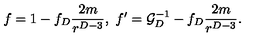
f = 1 - f _ { D } { \frac { 2 m } { r ^ { D - 3 } } } , \ f ^ { \prime } = { \cal G } _ { D } ^ { - 1 } - f _ { D } { \frac { 2 m } { r ^ { D - 3 } } } .